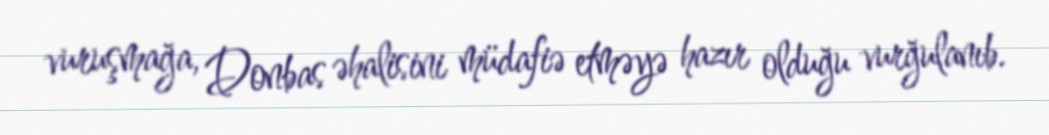
vuruşmağa, Donbas əhalisini müdafiə etməyə hazır olduğu vurğulanıb.